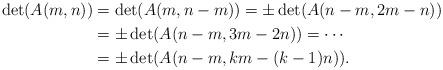
LaTeX: \begin{align*}\det(A(m,n))&=\det (A(m,n-m))=\pm \det (A(n-m,2m-n))\\&=\pm \det (A(n-m,3m-2n))=\cdots\\&=\pm \det (A(n-m,km-(k-1)n)).\end{align*}